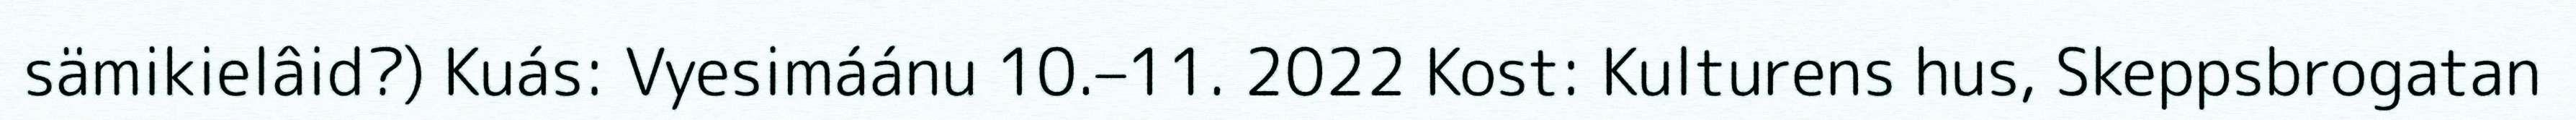
sämikielâid?) Kuás: Vyesimáánu 10.–11. 2022 Kost: Kulturens hus, Skeppsbrogatan